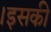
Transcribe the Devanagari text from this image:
।इसकी